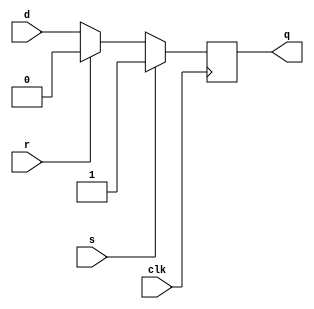
module d_ff (
    input d,      // Data input
    input s,      // Set input
    input r,      // Reset input
    input clk,    // Clock input
    output reg q  // Output
);

always @ (posedge clk) begin
    if (s) begin
        q <= 1'b1;   // Set the output to 1 when S is activated
    end else if (r) begin
        q <= 1'b0;   // Reset the output to 0 when R is activated
    end else begin
        q <= d;      // Store the input data when the clock transitions
    end
end

endmodule